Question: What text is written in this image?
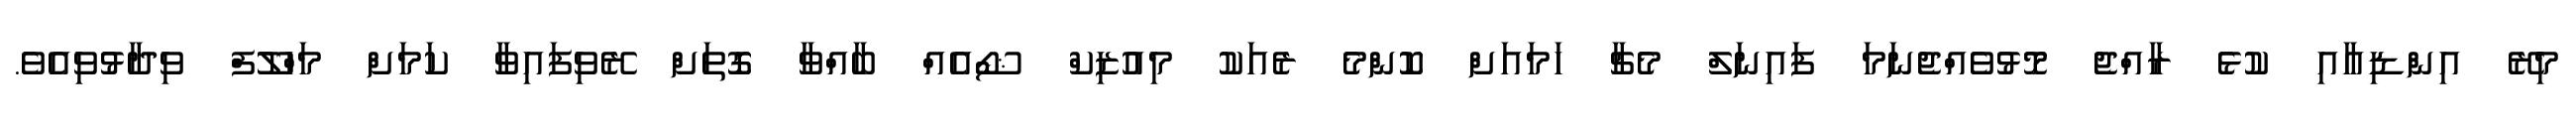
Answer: މިރޭ އިންޑިއާއި ކުޅެ ރާއްޖެ މޮޅުވެއްޖެނަމަ ފައިނަލް މެޗާ ހަމައަށް ކޮންމެ ރެއަކު މިއުޒިކް ޝޯއެއް ބާއްވާ ގޮތަށް ރޭވިފައިވާ ކަމަށް މަހްލޫފް ވިދާޅުވިއެވެ.